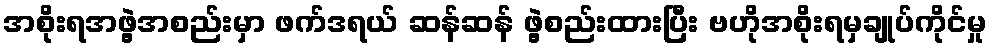
အစိုးရအဖွဲ့အစည်းမှာ ဖက်ဒရယ် ဆန်ဆန် ဖွဲ့စည်းထားပြီး ဗဟိုအစိုးရမှချုပ်ကိုင်မှု